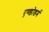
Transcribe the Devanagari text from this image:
एण्डोडर्म